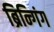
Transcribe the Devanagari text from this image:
ब्रिन्गिंग